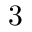
3